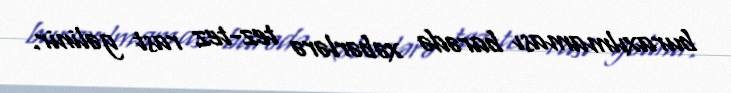
buraxılmaması barədə xəbərlərə tez-tez rast gəlinir.